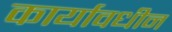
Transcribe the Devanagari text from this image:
कार्यावधीन